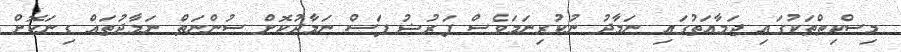
މިސްކިތްތަކުގައި ޖަމާއަތުގައި ނަމާދު ނުކުރިނަމަވެސް ފަރުޟު ފަސް ނަމާދުކޮށް ސުންނަތް ނަމާދުތައް ގިނަކޮށް